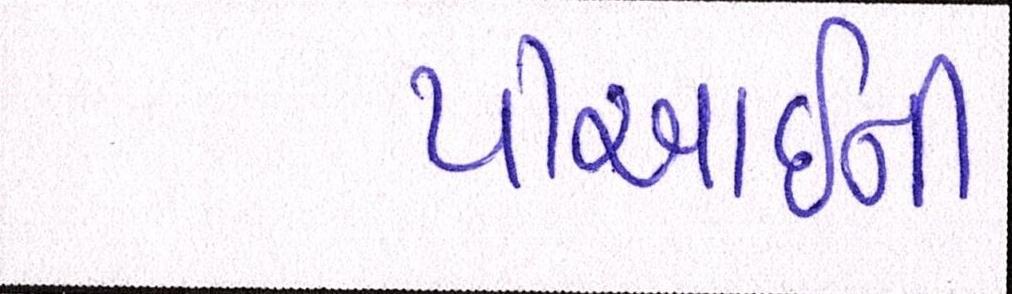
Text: પીઆઈની